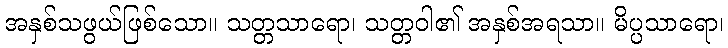
အနှစ်သဖွယ်ဖြစ်သော။ သတ္တသာရော၊ သတ္တဝါ၏ အနှစ်အရသာ။ မိပ္ပသာရော၊